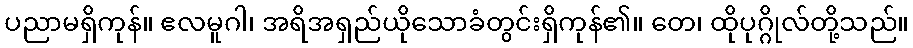
ပညာမရှိကုန်။ ဧလမူဂါ၊ အရိအရှည်ယိုသောခံတွင်းရှိကုန်၏။ တေ၊ ထိုပုဂ္ဂိုလ်တို့သည်။